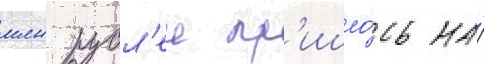
млн рубл'еи пр'ишло́сь на́